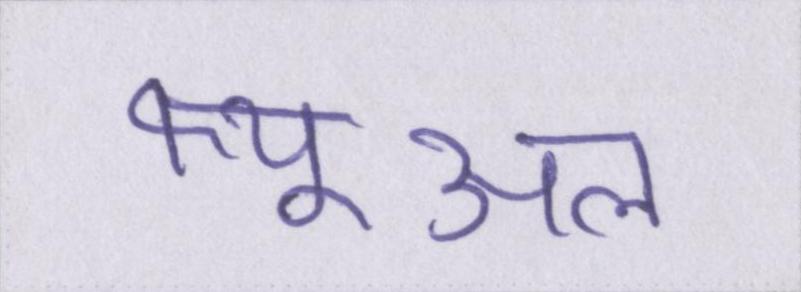
फ्यूअल